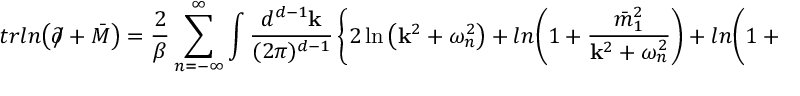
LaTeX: t r l n { \left( \partial \! \! \! \slash + \bar { M } \right) } = \frac { 2 } { \beta } \sum _ { n = - \infty } ^ { \infty } \int \frac { d ^ { d - 1 } { \bf k } } { ( 2 \pi ) ^ { d - 1 } } \left\{ 2 \ln { \left( { \bf k } ^ { 2 } + \omega _ { n } ^ { 2 } \right) } + l n { \left( 1 + \frac { \bar { m } _ { 1 } ^ { 2 } } { { \bf k } ^ { 2 } + \omega _ { n } ^ { 2 } } \right) } + l n { \left( 1 + \frac { \bar { m } _ { 2 } ^ { 2 } } { { \bf k } ^ { 2 } + \omega _ { n } ^ { 2 } } \right) } \right\} .